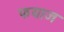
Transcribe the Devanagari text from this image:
फयाज